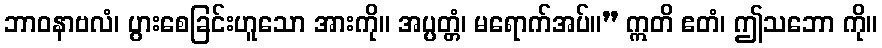
ဘာဝနာဗလံ၊ ပွားစေခြင်းဟူသော အားကို။ အပ္ပတ္တံ၊ မရောက်အပ်။” ဣတိ ဧတံ၊ ဤသဘော ကို။